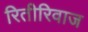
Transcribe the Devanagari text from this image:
रितीरिवाज